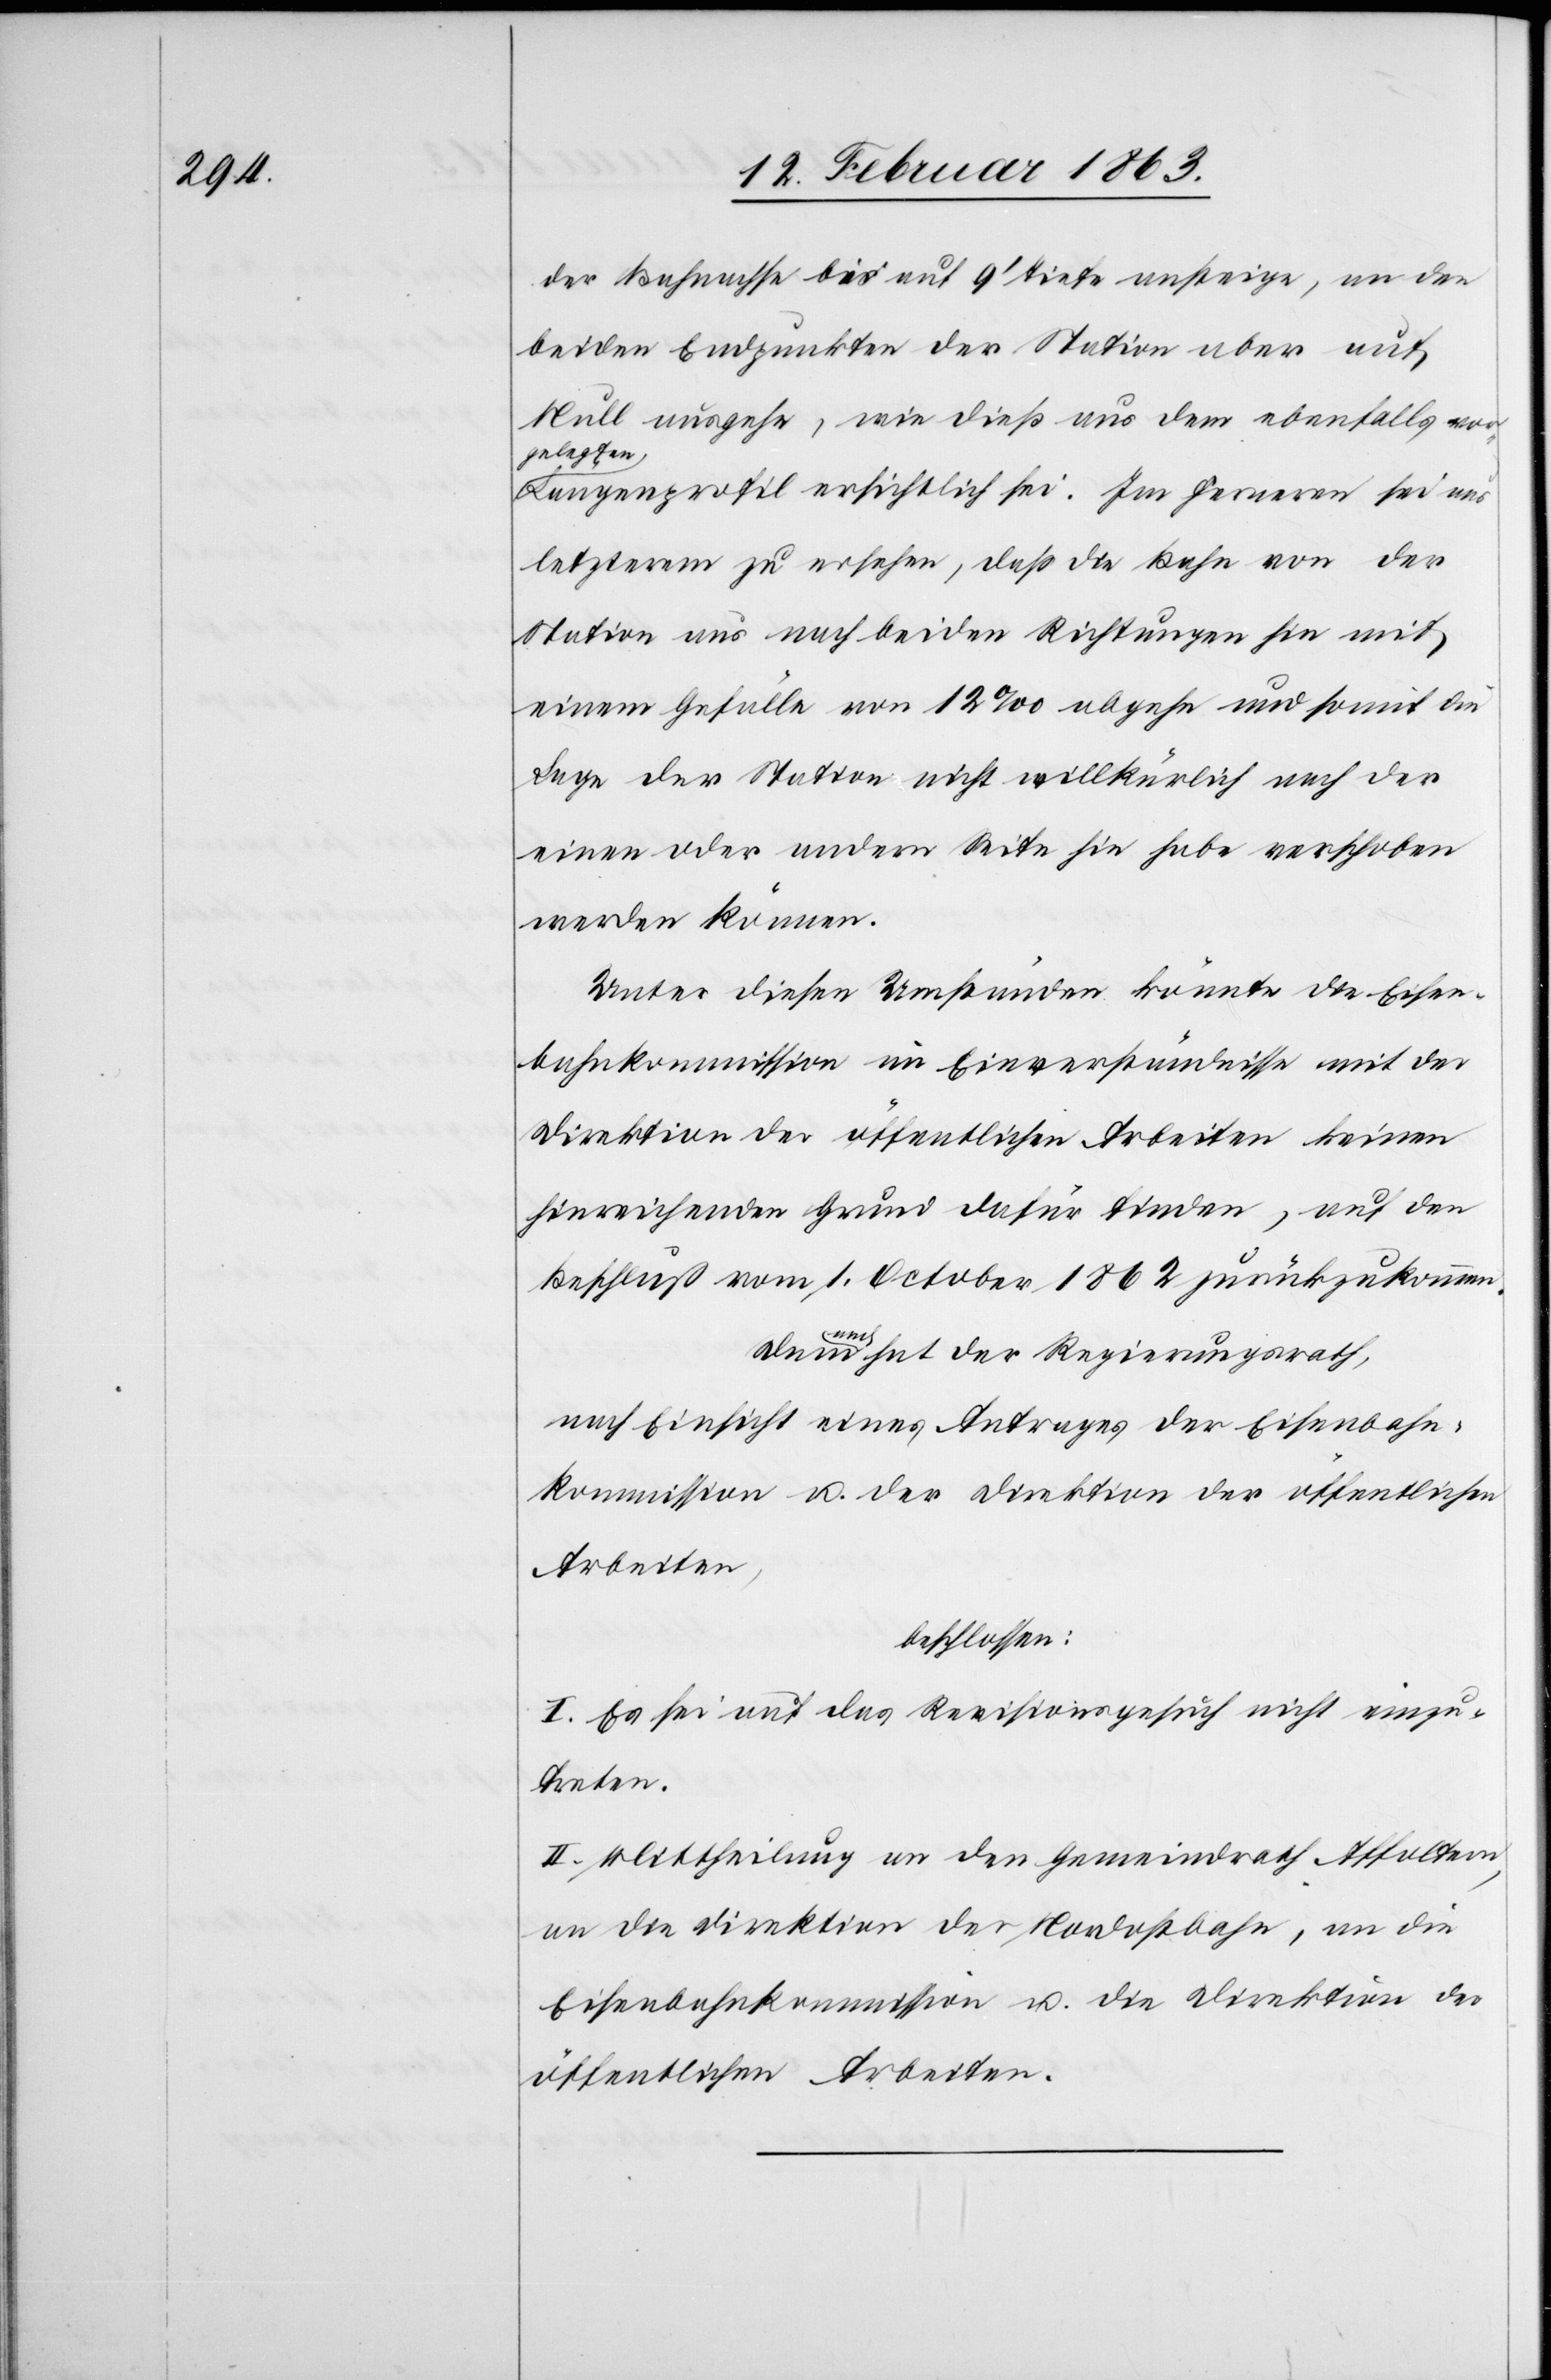
der Bahnachse bis auf 9' Tiefe ansteige, an den
beiden Endpunkten der Station aber auf
Null ausgehe, wie dieß aus dem ebenfalls vor¬
gelegten
Längenprofil ersichtlich sei. Im Ferneren sei aus
letzterem zu ersehen, daß die Bahn von der
Station aus nach beiden Richtungen hin mit
einem Gefälle von 12‰ abgehe und somit die
Lage der Station nicht willkürlich nach der
einen oder andern Seite hin habe verschoben
werden können.
Unter diesen Umständen könnte die Eisen¬
bahnkommission im Einverständnisse mit der
Direktion der öffentlichen Arbeiten keinen
hinreichenden Grund dafür finden, auf den
Beschluß vom 1. October 1862 zurückzukommen.
Demnach hat der Regierungsrath,
nach Einsicht eines Antrages der Eisenbahn¬
kommission u. der Direktion der öffentlichen
Arbeiten,
beschlossen:
I. Es sei auf das Revisionsgesuch nicht einzu¬
treten.
II. Mittheilung an den Gemeindrath Affoltern,
an die Direktion der Nordostbahn, an die
Eisenbahnkommission u. die Direktion der
öffentlichen Arbeiten.